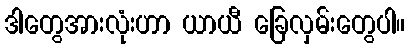
ဒါတွေအားလုံးဟာ ယာယီ ခြေလှမ်းတွေပါ။